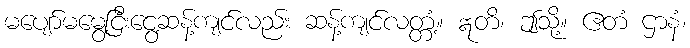
မပျော်မမွေ့ငြီးငွေ့ဆန့်ကျင်လည်း ဆန့်ကျင်လတ္တံ့။ ဣတိ၊ ဤသို့။ ဧတံ ဌာနံ၊